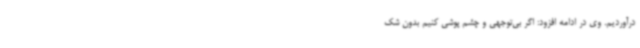
درآوردیم. وی در ادامه افزود: اگر بی‌توجهی و چشم پوشی کنیم بدون شک